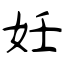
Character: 妊